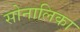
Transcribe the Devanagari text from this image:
सोनालिका